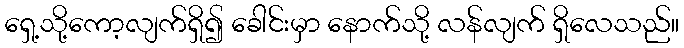
ရှေ့သို့ကော့လျက်ရှိ၍ ခေါင်းမှာ နောက်သို့ လန်လျက် ရှိလေသည်။